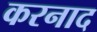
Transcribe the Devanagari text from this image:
करनाद